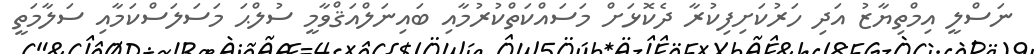
ނަސްލީ އިމްތިޔާޒު އަދި ހަރުކަށިފިކުރާ ދެކޮޅަށް މަސައްކަތްކުރުމާއި ބައިނަލްއަޤްވާމީ ސުލްޙަ މަސަލަސްކަމާއި ސަލާމަތީ